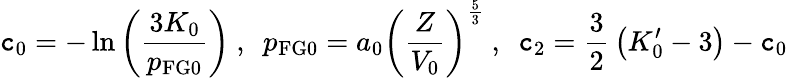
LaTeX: \mathtt{c}_{0}=-\ln\left({\frac{{3K_{0}}}{{p_{\mathrm{{FG0}}}}}}\right)~,~~p_{\mathrm{{FG0}}}=a_{0}\left({\frac{{Z}}{{V_{0}}}}\right)^{\frac{{5}}{{3}}}~,~~\mathtt{c}_{2}={\frac{{3}}{{2}}}\left(K_{0}^{\prime}-3\right)-\mathtt{c}_{0}